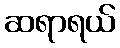
ဆရာရယ်